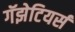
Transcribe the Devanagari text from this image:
गॅझेटियर्स